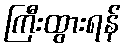
ကြီးထွားရန်